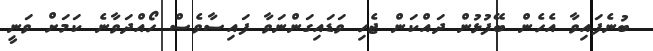
ބުނެފައިވާ އެހެން ބޭފުޅުން ދައްކަން ޖެހި ވަޑައިގަންނަވާ ފައިސާވެސް ހޯއްދަވާނެ ކަމަށް ވަނީ